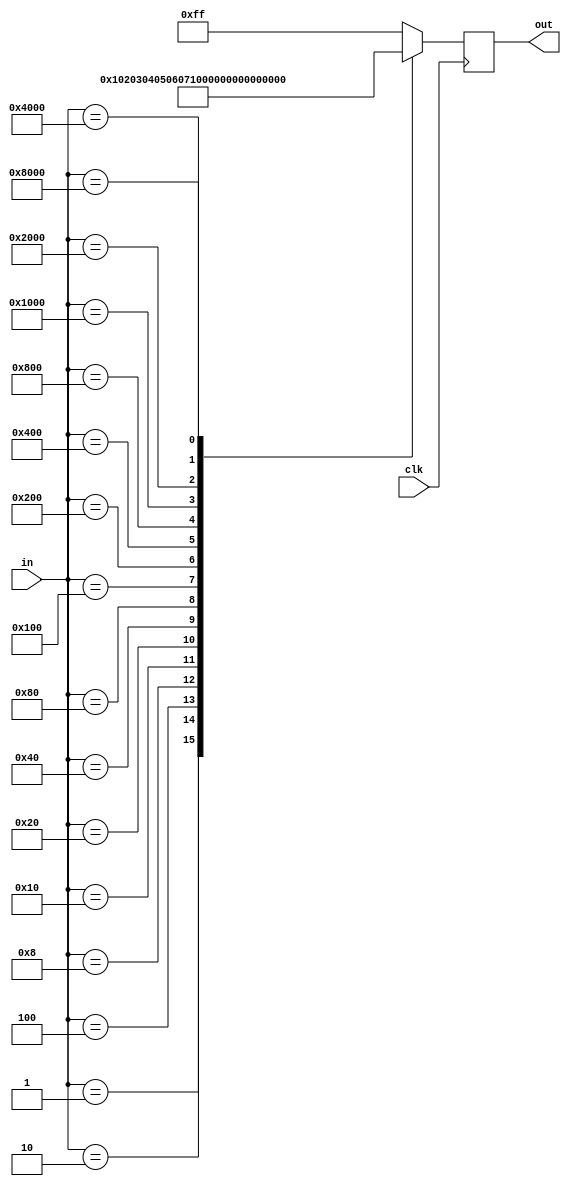
`timescale 1ns / 1ps
//////////////////////////////////////////////////////////////////////////////////
// Company: 
// Engineer: 
// 
// Design Name: 
// Module Name:    encoder 
// Project Name: 
// Target Devices: 
// Tool versions: 
// Description: 
//
// Dependencies: 
//
// Revision: 
// Revision 0.01 - File Created
// Additional Comments: 
//
//////////////////////////////////////////////////////////////////////////////////
module encoder(clk,in,out);

input clk; 
input[15:0] in;
output[7:0] out;
wire clk;
wire [15:0] in;
reg [7:0] out;

always @(posedge clk) begin
	case (in)

		16'b0000000000000001: out <= 8'b00000000;
		16'b0000000000000010: out <= 8'b00000001;
		16'b0000000000000100: out <= 8'b00000010;
		16'b0000000000001000: out <= 8'b00000011;
		16'b0000000000010000: out <= 8'b00000100;
		16'b0000000000100000: out <= 8'b00000101;
		16'b0000000001000000: out <= 8'b00000110;
		16'b0000000010000000: out <= 8'b00000111;
		16'b0000000100000000: out <= 8'b00001000;
		16'b0000001000000000: out <= 8'b00001001;
		16'b0000010000000000: out <= 8'b00001010;
		16'b0000100000000000: out <= 8'b00001011;
		16'b0001000000000000: out <= 8'b00001100;
		16'b0010000000000000: out <= 8'b00001101;
		16'b0100000000000000: out <= 8'b00001110;
		16'b1000000000000000: out <= 8'b00001111;
		default: out <= 8'b11111111;
		
	endcase
end

endmodule